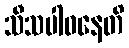
သီသပါဝနေတိ